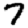
Digit: 7